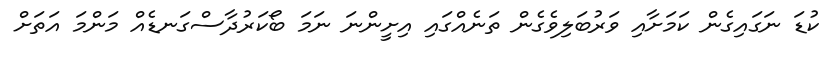
ކުޑަ ނަގައިގެން ކަމަށާއި ވަރުބަލިވެގެން ތަނެއްގައި އިށީންނަ ނަމަ ބޯކަރުދާސްގަނޑެއް މަންމަ އަތަށް